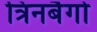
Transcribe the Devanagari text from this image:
त्रिनबैगो